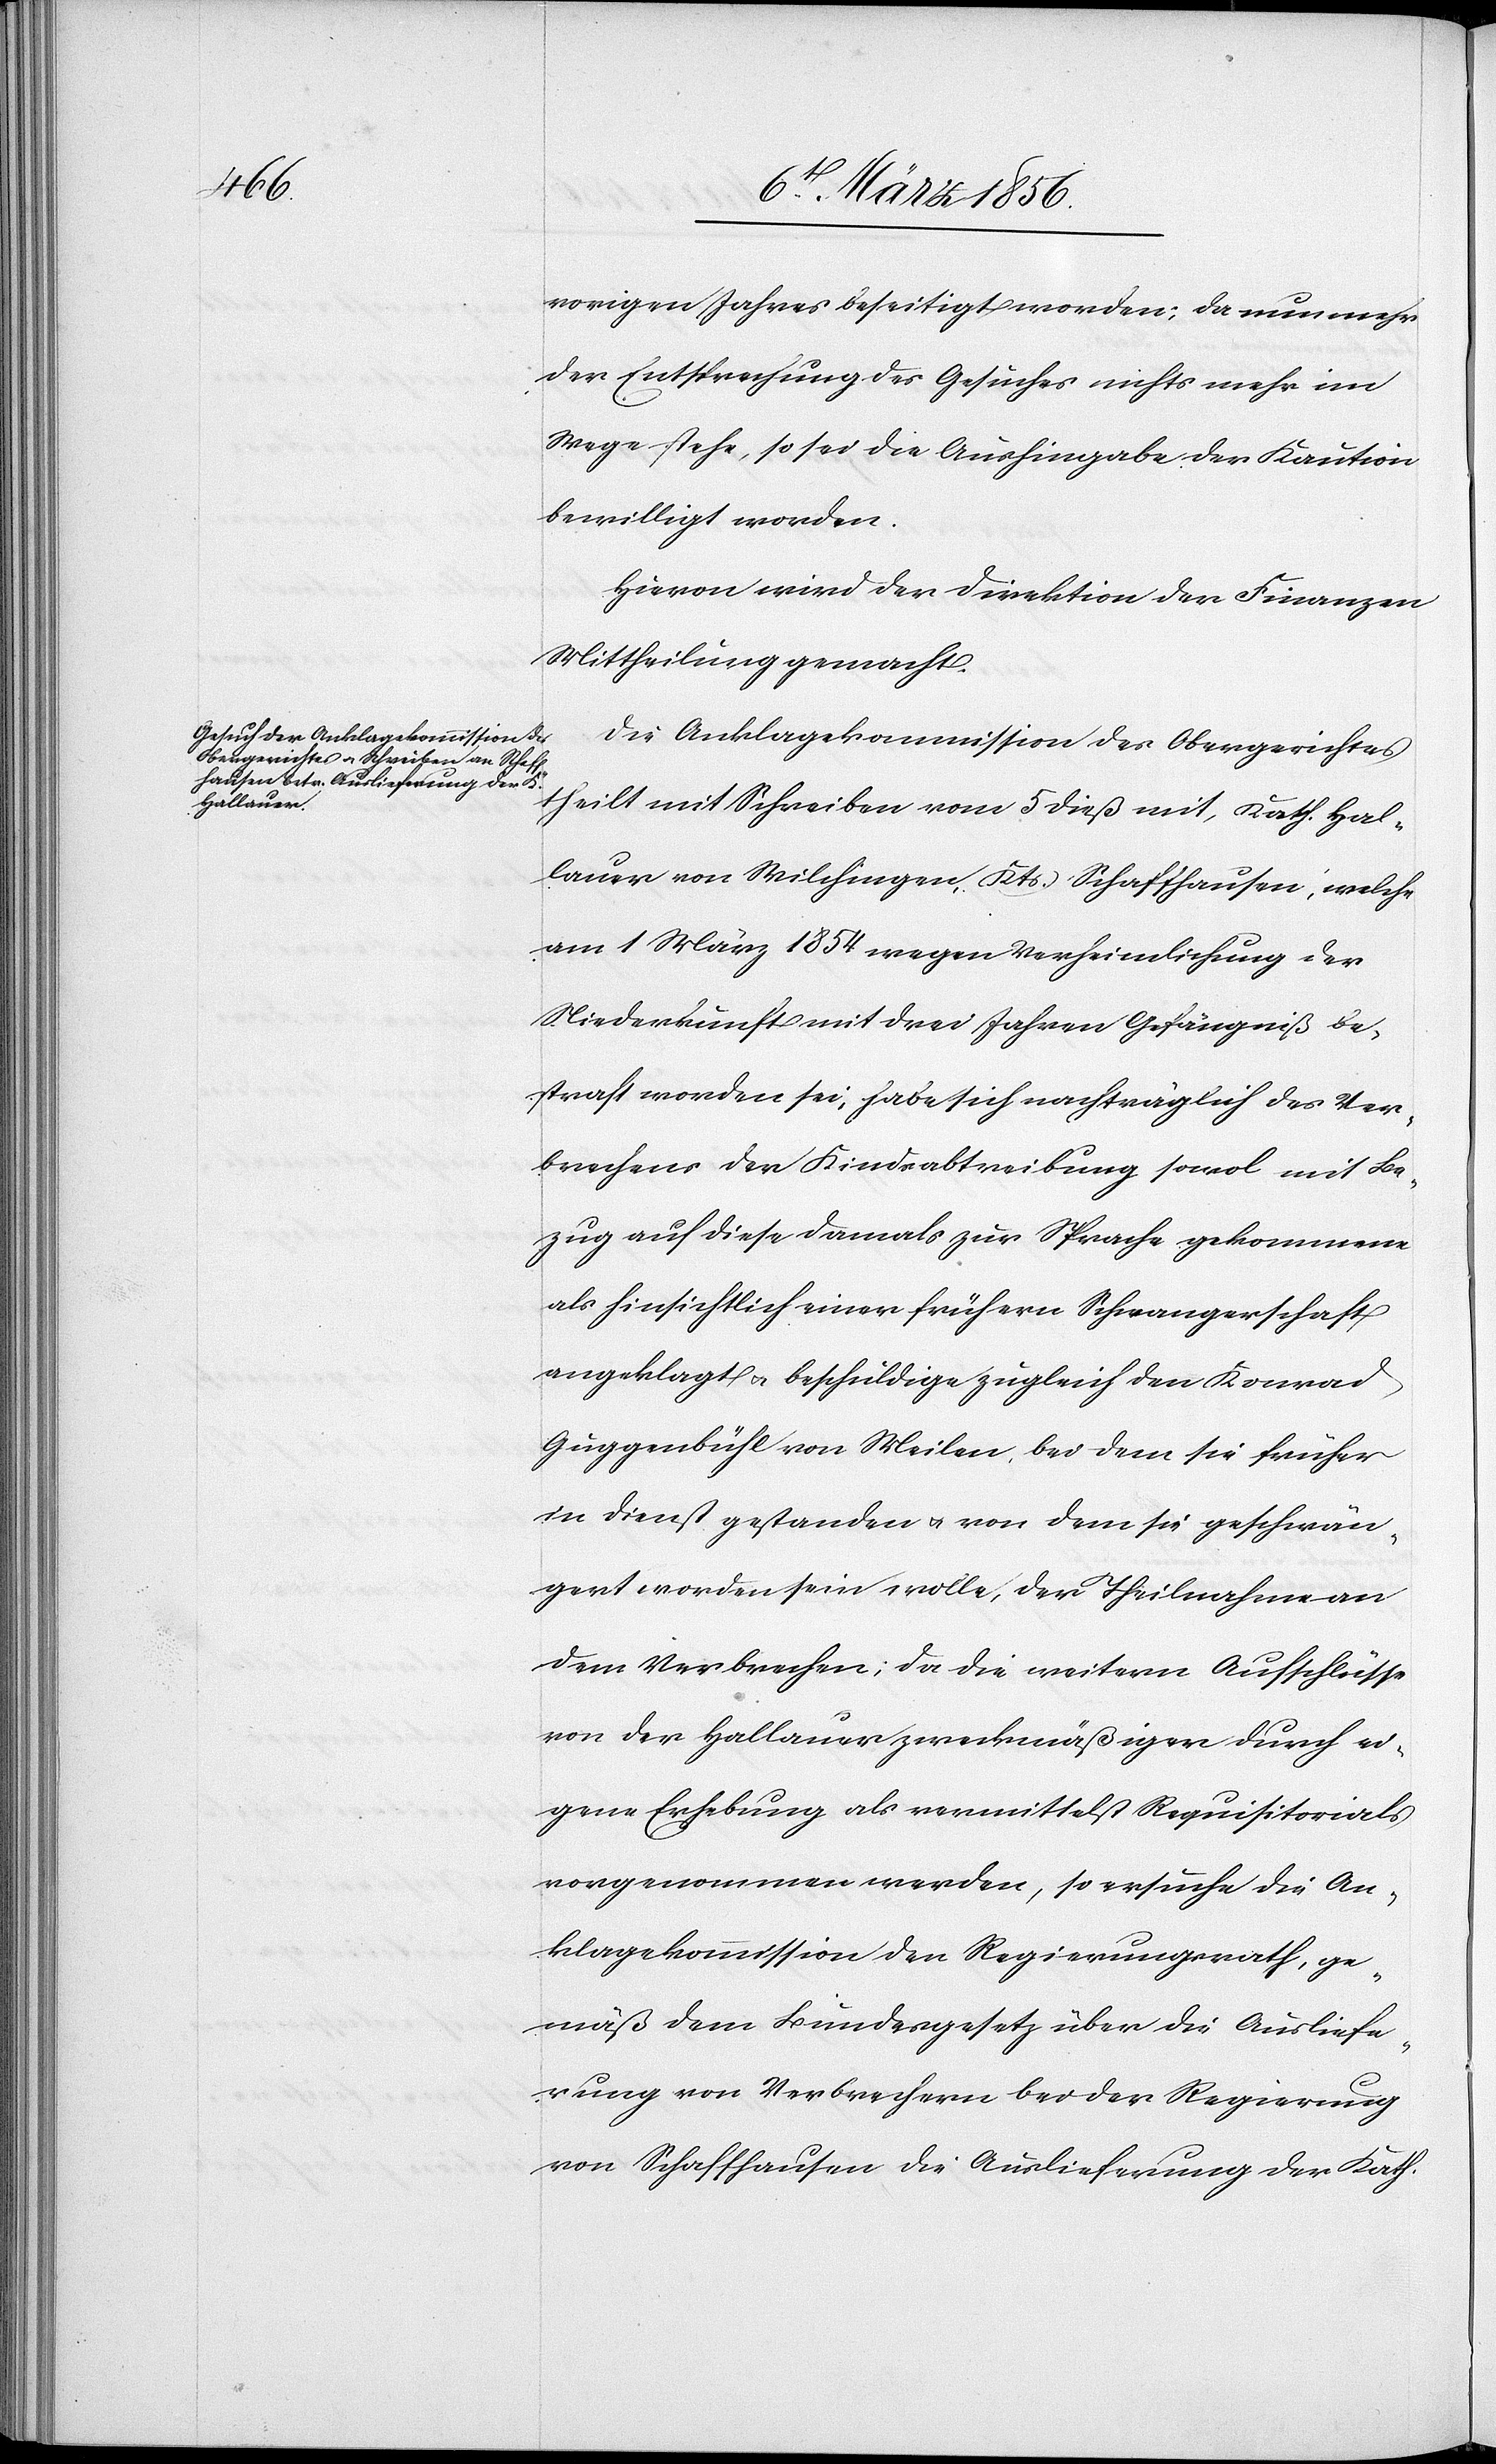
vorigen Jahres beseitigt worden; da nun mehr
der Entsprechung des Gesuches nichts mehr im
Wege stehe, so sei die Aushingabe der Kaution
bewilligt worden.
Hievon wird der Direktion der Finanzen
Mittheilung gemacht.
Die Anklagekommission des Obergerichtes
theilt mit Schreiben vom 5 dieß mit, Kath. Hal¬
lauer von Wilchingen, Kts. Schaffhausen, welche
am 1 März 1854 wegen Verheimlichung der
Niederkunft mit drei Jahren Gefängniß be¬
straft worden sei, habe sich nachträglich des Ver¬
brechens der Kindsabtreibung sowol mit Be¬
zug auf diese damals zur Sprache gekommene
als hinsichtlich einer frühern Schwangerschaft
angeklagt u. beschuldige zugleich den Konrad
Guggenbühl von Meilen, bei dem sie früher
in Dienst gestanden u. von dem sie geschwän¬
gert worden sein wolle, der Theilnahme an
dem Verbrechen; da die weitern Aufschlüsse
von der Hallauer zweckmäßiger durch ei¬
gene Erhebung als vermittelst Requisitorials
vorgenommen werden, so ersuche die An¬
klagekommission den Regierungsrath, ge¬
mäß dem Bundesgesetz über die Ausliefe¬
rung von Verbrechern bei der Regierung
von Schaffhausen die Auslieferung der Kath.